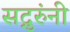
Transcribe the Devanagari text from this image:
सद्गुरुंनी